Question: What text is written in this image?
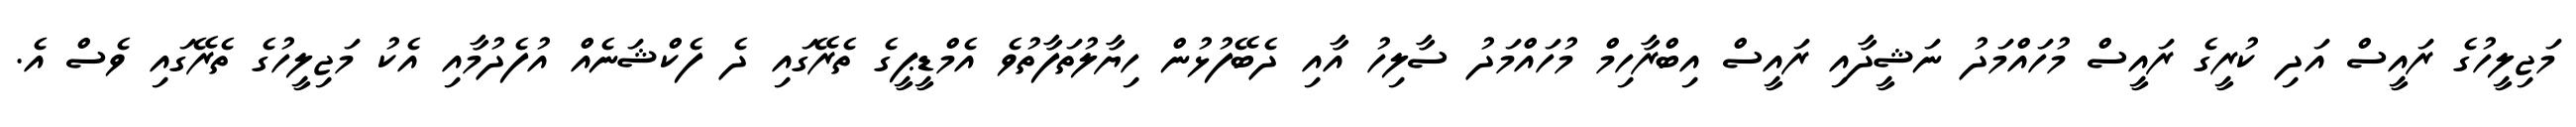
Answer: މަޖިލީހުގެ ރައީސް އަދި ކުރީގެ ރައީސް މުހައްމަދު ނަޝީދާއި ރައީސް އިބްރާހިމް މުހައްމަދު ސާލިހު އާއި ދެބޭފުޅުން ހިޔާލުތަފާތުވެ އެމްޑީޕީގެ ތެރޭގައި ދެ ފެކްޝަނެއް އުފެދުމާއި އެކު މަޖިލީހުގެ ތެރޭގައި ވެސް އެ.